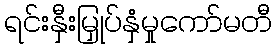
ရင်းနှီးမြှုပ်နှံမှုကော်မတီ